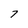
Character: 7